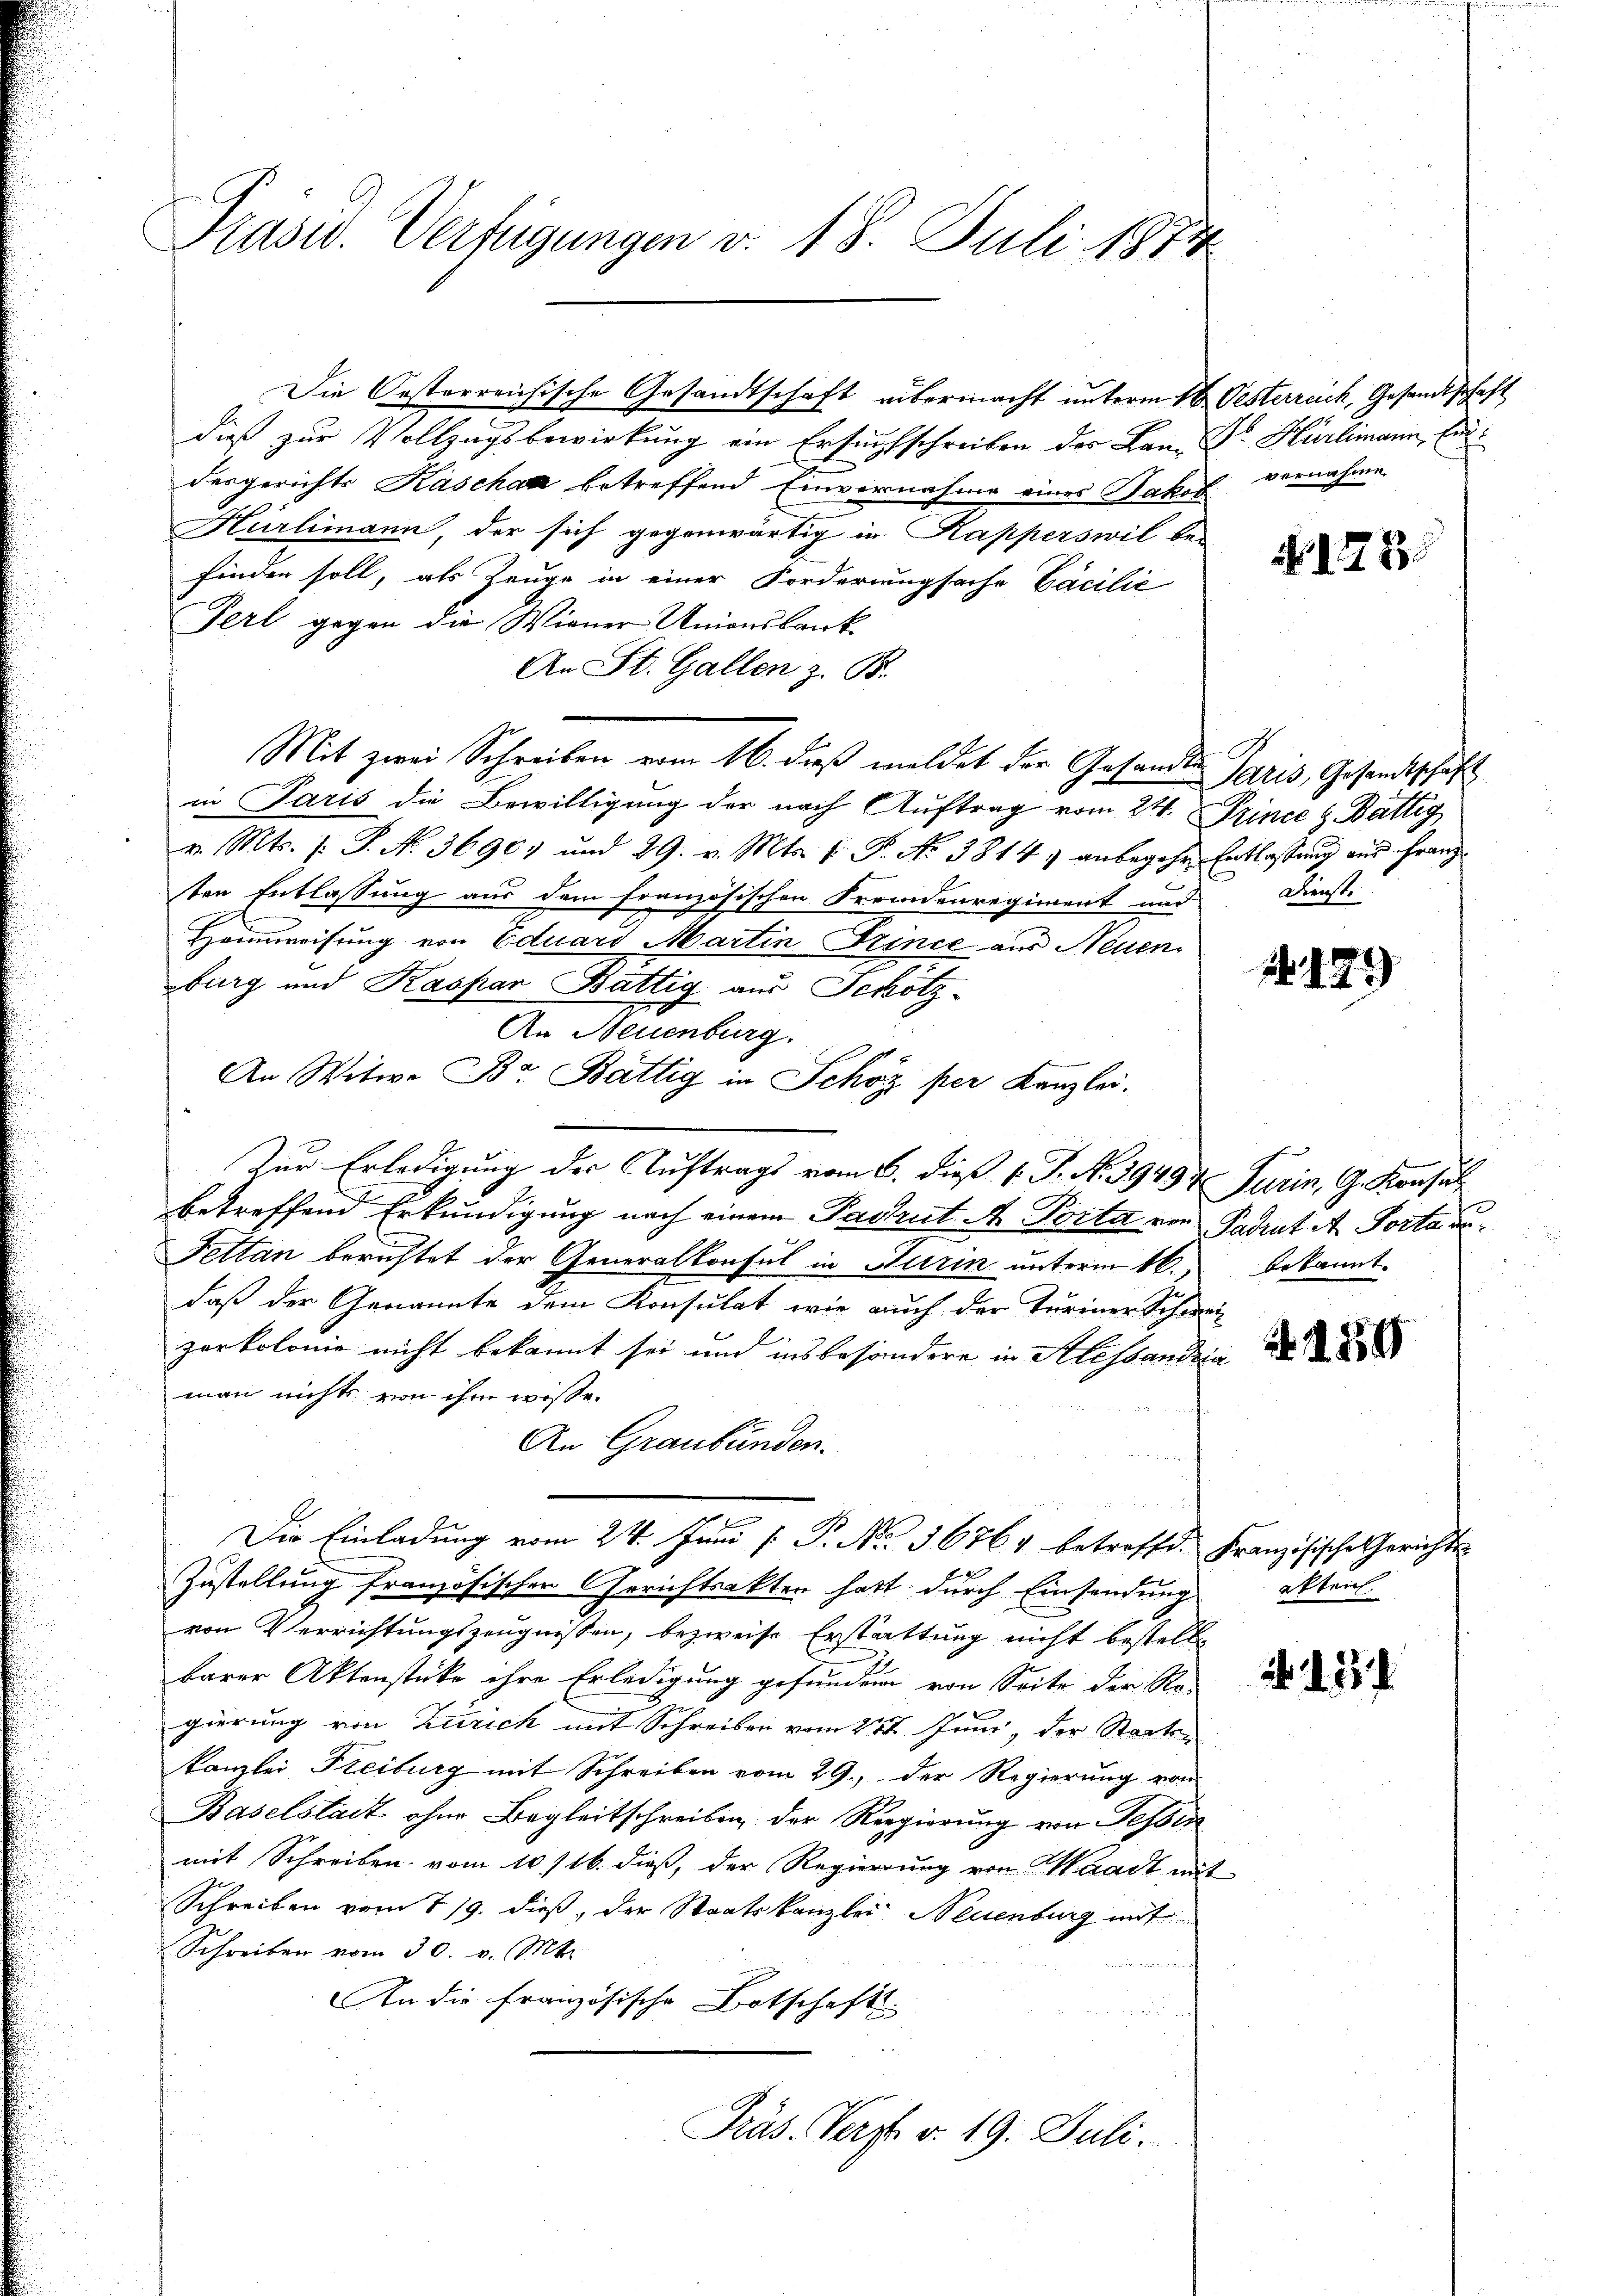
Präsid. Verfügungen v. 18. Juli 1871

Die Oesterreichische Gesandtschaft übermacht unterm 16. Oesterreich, Gesandtschaft
dieß zur Vollzugsbewirkung ein Ersuchschreiben der Bau- Dr. Hürlimann, Eiddesgerichts Kaschaa betreffend Einvernahme eines Jakob vernahme
Hürlimann, der sich gegenwärtig in Kapperswil bei
finden soll, als Zeuge in einer Forderungsache Facilie
Ferl gegen die Wiener Unionsbank
An St. Gallen z. B.
Mit zwei Schreiben vom 16. dieß meldet der Gesandten Paris, Gesandtschäft
in Paris die Bewilligung der nach Auftrag vom 24. Prince & Bättig
v. Mts. (: P. No. 36901 und 29. v. Mts. f. P. No 3814 anbegehe Entlassung aus Franz
ten Entlassung aus dem französischen Fremdenregiment und
Honweisung von Eduard Martin Trince aus Neuen
burg und Kaspar Battig aus Schotz-
An Neuenburg.
An Witwe Br. Bättig in Schöz per Kanzlei.
Zur Erledigung der Auftrags vom 6. dieß P. P. No. 1943 & Turin, G. Konsul
betreffend Erkundigung nach einem Pactut A. Porta von Patrut A. Porta un
Fettan berichtet der Generalkonsul in Hurin unterm 10. bekannt
daß der Genannte dem Konsulat, wie auch der Turiner Schwei
zerkolonie nicht bekannt sei und insbesondere in Alessandria
man nichts von ihm wisse.
An Graubünden.
Die Einladung vom 24. Juni [ Pr. No. 36764 betroffe. Französische Gerichte
f 2
Zustellung französischen Gerichtsakten hatt durch Einsendung akten
von Verrichtungszeugnissen, bezweife Erstattung nicht bestell
barer Aktenstücke ihre Erledigung gefunden von Seite der Re-
gierung von Zürich mit Schreiben vom 27t Juni, der Staatskanzlei Freiburg mit Schreiben vom 29. Der Regierung von
Baselstait ohne Begleitschreiben der Regierung von Tessin
mit Schreiben vom 10/16. dieß, der Regierung von Waadt mit
Schreiben vom 7/9. dieß, der Staatskanzlei Neuenburg mit
Schreiben vom 30. v. Mts.
An die französische Botschafts-
Präs. Verst v. 19. Juli.

Nr. 173.

Dienst.

179

184

b. 185